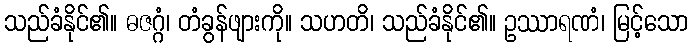
သည်ခံနိုင်၏။ ဓဇဂ္ဂံ၊ တံခွန်ဖျားကို။ သဟတိ၊ သည်ခံနိုင်၏။ ဥဿာရဏံ၊ မြင့်သော